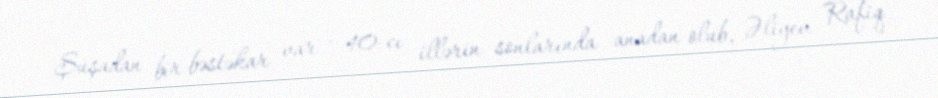
Şuşadan bir bəstəkar var - 40-cı illərin sonlarında anadan olub, Əliyev Rafiq